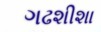
ગઢશીશા